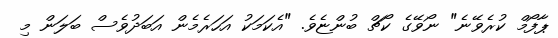
ޕާފޯމް ކުރެވޭނެ" ނޯވޭގެ ކޯޗް ބުންޏެވެ. "އެކަމަކު އަހަރެމެން އަބަދުވެސް ބަލަން މި